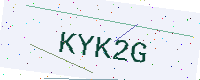
Text: KYK2G